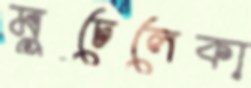
মুচেলেকা